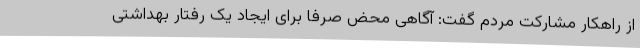
از راهکار مشارکت مردم گفت: آگاهی محض صرفا برای ایجاد یک رفتار بهداشتی